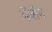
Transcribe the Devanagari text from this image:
मेंबीन